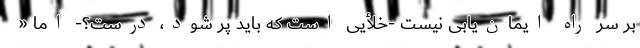
بر سر راه ایمان‌یابی نیست -خلأیی است که باید پر شود، درست؟- اما «